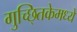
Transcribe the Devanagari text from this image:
गुच्छ्तिकेमध्ये